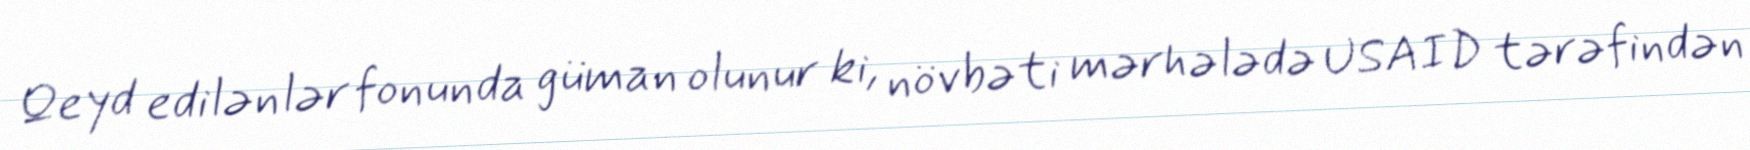
Qeyd edilənlər fonunda güman olunur ki, növbəti mərhələdə USAID tərəfindən